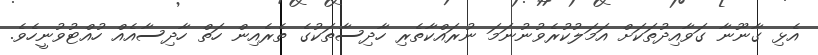
އެޅި ގާނޫނާ ގަވާއިދުތަކަށް އަމަލުކުރެވުނުނަމަ ނުރައްކާތެރި ހާދިސާތަކުގެ ތެރެއިން ހަތް ހާދިސާއެއް ހުއްޓުވުނީހެވެ.